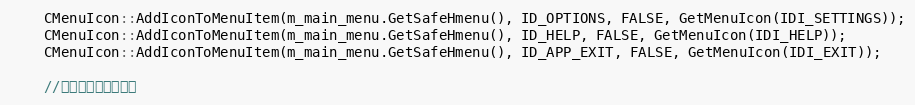
Language: C++
    CMenuIcon::AddIconToMenuItem(m_main_menu.GetSafeHmenu(), ID_OPTIONS, FALSE, GetMenuIcon(IDI_SETTINGS));
    CMenuIcon::AddIconToMenuItem(m_main_menu.GetSafeHmenu(), ID_HELP, FALSE, GetMenuIcon(IDI_HELP));
    CMenuIcon::AddIconToMenuItem(m_main_menu.GetSafeHmenu(), ID_APP_EXIT, FALSE, GetMenuIcon(IDI_EXIT));

    //任务栏窗口右键菜单